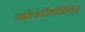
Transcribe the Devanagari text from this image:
कोऑरडिनेट